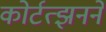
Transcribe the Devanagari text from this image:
कोर्टत्झनने